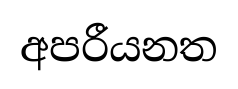
අපරීයනත